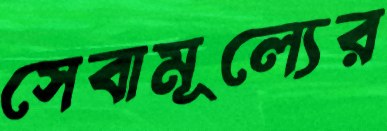
সেবামূল্যের